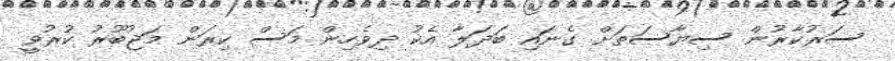
ސަރުކާރުން ސިޔާސަތަށް ގެނައި ބަދަލާ އެކު ދިވެހިން މަސް ކިރަން މަޖުބޫރު ކުރުވީ